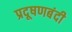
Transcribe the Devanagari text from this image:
प्रदूषणबंदी